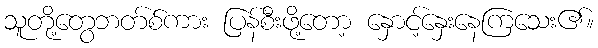
သူတို့တွေဘတ်စ်ကား ပြန်စီးဖို့တော့ နှောင့်နှေးနေကြသေး၏။